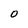
Character: o